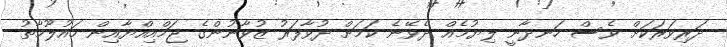
ދަރިވަރަަކަށް ވެސް ހަނދާނީ ލިޔުމެއް ދެވޭނެ ކަމަށް ދުވާފަރު ޒުވާނުންގެ ޖަމްއިއްޔާއިން މައުލޫމާތު